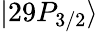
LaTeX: |29P_{3/2}\rangle